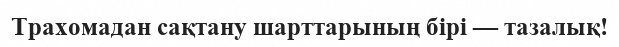
Трахомадан сақтану шарттарының бірі — тазалық!